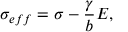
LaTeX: \sigma _ { e f f } = \sigma - \frac \gamma b E ,